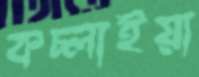
কচ্‌লাইয়া